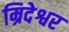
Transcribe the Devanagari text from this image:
म्रिदेश्वर